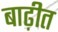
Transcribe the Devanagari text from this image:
बाढ़ीत